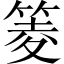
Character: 䈊